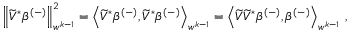
\begin{array} { r } { \left\lVert \widetilde { V } ^ { * } \beta ^ { ( - ) } \right\rVert _ { w ^ { k - 1 } } ^ { 2 } = \left\langle \widetilde { V } ^ { * } \beta ^ { ( - ) } , \widetilde { V } ^ { * } \beta ^ { ( - ) } \right\rangle _ { w ^ { k - 1 } } = \left\langle \widetilde { V } \widetilde { V } ^ { * } \beta ^ { ( - ) } , \beta ^ { ( - ) } \right\rangle _ { w ^ { k - 1 } } \, , } \end{array}